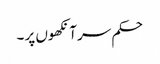
حکم سر آنکھوں پر ۔